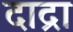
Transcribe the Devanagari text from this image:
दाद्रा